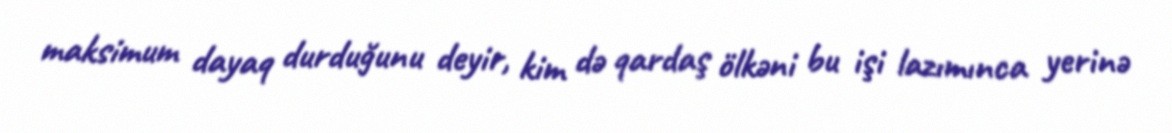
maksimum dayaq durduğunu deyir, kim də qardaş ölkəni bu işi lazımınca yerinə